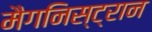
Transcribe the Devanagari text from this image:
मैगनिस्ट्रान